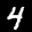
Label: 4